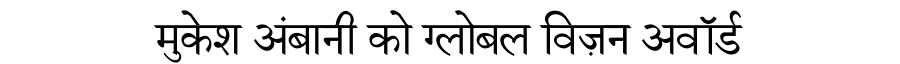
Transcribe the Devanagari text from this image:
मुकेश अंबानी को ग्लोबल विज़न अवॉर्ड